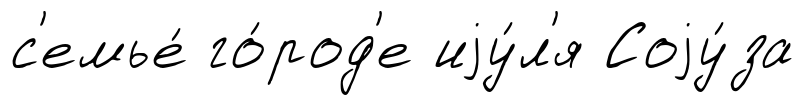
с'емье́ го́род'е иjу́л'я Соjу́за